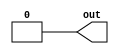
// This program was cloned from: https://github.com/compsec-snu/difuzz-rtl
// License: BSD 3-Clause "New" or "Revised" License

// See LICENSE for license details.
module LargeParam #(parameter DATA=0, WIDTH=1) (
  output [WIDTH-1:0] out
);
  assign out = DATA;
endmodule